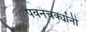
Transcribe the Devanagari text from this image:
पवनचक्यांनी